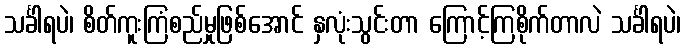
သင်္ခါရပဲ၊ စိတ်ကူးကြံစည်မှုဖြစ်အောင် နှလုံးသွင်းတာ ကြောင့်ကြစိုက်တာလဲ သင်္ခါရပဲ၊